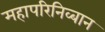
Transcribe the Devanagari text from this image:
महापरिनिव्बान